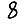
Digit: 8